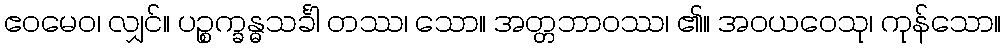
ဧဝမေဝ၊ လျှင်။ ပဉ္စက္ခန္ဓသင်္ခါ တဿ၊ သော။ အတ္တဘာဝဿ၊ ၏။ အဝယဝေသု၊ ကုန်သော။